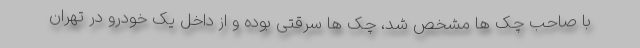
با صاحب چک ها مشخص شد، چک ها سرقتی بوده و از داخل یک خودرو در تهران